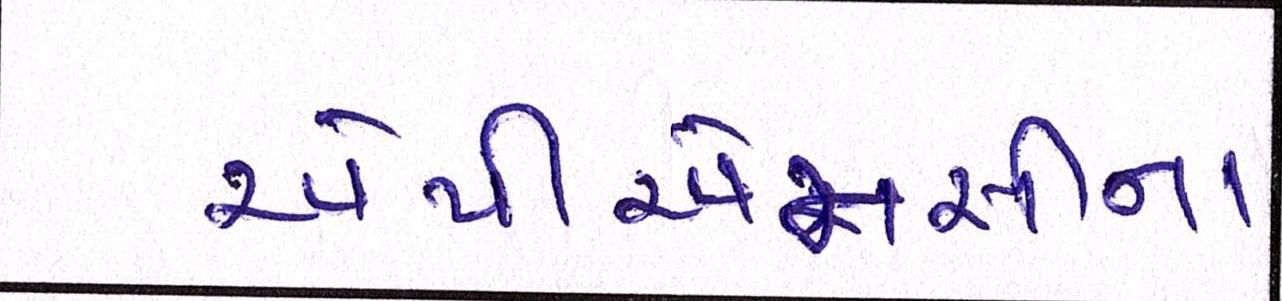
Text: એપીએમસીના